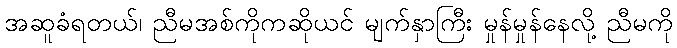
အဆူခံရတယ်၊ ညီမအစ်ကိုကဆိုယင် မျက်နှာကြီး မှုန်မှုန်နေလို့ ညီမကို